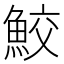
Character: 鮫